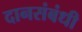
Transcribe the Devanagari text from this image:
दानसंबंधी